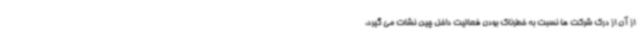
از آن از درک شرکت ها نسبت به خطرناک بودن فعالیت داخل چین نشات می گیرد.